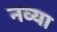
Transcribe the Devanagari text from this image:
नव्‍या